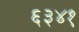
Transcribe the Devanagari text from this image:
६३४१